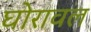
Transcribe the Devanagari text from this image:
घोरावल